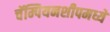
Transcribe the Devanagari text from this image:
चॅम्पियनशीपमध्ये